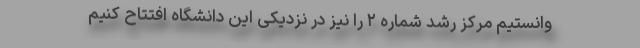
وانستیم مرکز رشد شماره ۲ را نیز در نزدیکی این دانشگاه افتتاح کنیم